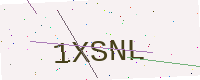
Text: 1XSNL